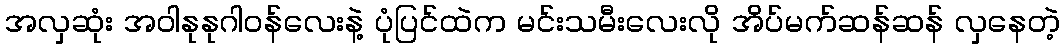
အလှဆုံး အဝါနုနုဂါဝန်လေးနဲ့ ပုံပြင်ထဲက မင်းသမီးလေးလို အိပ်မက်ဆန်ဆန် လှနေတဲ့